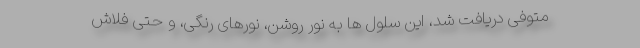
متوفی دریافت شد، این سلول ها به نور روشن، نورهای رنگی، و حتی فلاش